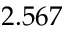
2 . 5 6 7